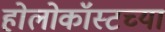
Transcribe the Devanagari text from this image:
होलोकॉस्टच्या